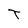
Character: T